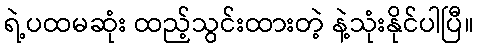
ရဲ့ပထမဆုံး ထည့်သွင်းထားတဲ့ နဲ့သုံးနိုင်ပါပြီ။